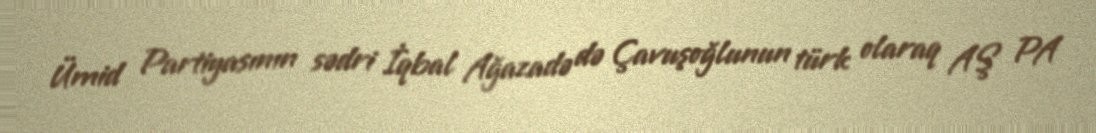
Ümid Partiyasının sədri İqbal Ağazadə də Çavuşoğlunun türk olaraq AŞ PA